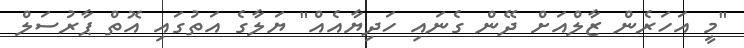
"މީ އަހަރެން ޒާލްއަށް ދޭން ގެނައި ހަދިޔާއެއް" ޔަލާގެ އަތުގައި އޮތް ޕާރުސަލް